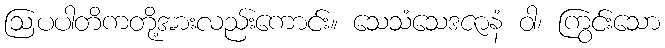
ဩပပါတိကတို့အားလည်းကောင်း။ သေသံသေဒဇာနံ ဝါ၊ ကြွင်းသော